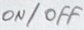
Text: ON/OFF